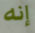
إنه